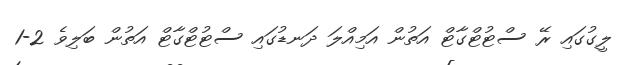
ލީގުގައި ރޭ ސްޓުޓްގާޓް އަތުން އަމިއްލަ ދަނޑުގައި ސްޓުޓްގާޓް އަތުން ބަލިވެ 2-1